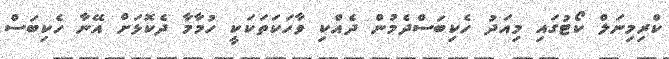
ކްރިމިނަލް ކޯޓުގައި މިއަދު ހެކިބަސްދެމުން ދެއްކި ވާހަކަތަކަކީ ހުމާމާ ދެކޮޅަށް އޭނާ ހެކިބަސް